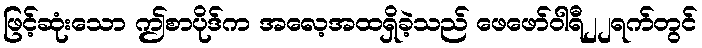
ဖြင့်ဆုံးသော ဤစာပိုဒ်က အလေ့အထရှိခဲ့သည် ဖေဖော်ဝါရီ၂၂ရက်တွင်